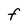
Character: f